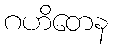
ဂဟိတေန